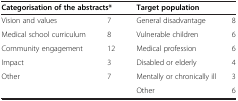
| <COLSPAN=2> Categorisation of the abstracts* | <COLSPAN=2> Target population |
 | --- | --- | --- | --- |
 | Vision and values | 7 | General disadvantage | 8 |
 | Medical school curriculum | 8 | Vulnerable children | 6 |
 | Community engagement | 12 | Medical profession | 6 |
 | Impact | 3 | Disabled or elderly | 4 |
 | Other | 7 | Mentally or chronically ill | 3 |
 |  |  | Other | 6 |